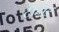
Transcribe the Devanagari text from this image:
टीडीई